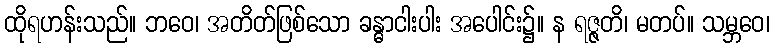
ထိုရဟန်းသည်။ ဘဝေ၊ အတိတ်ဖြစ်သော ခန္ဓာငါးပါး အပေါင်း၌။ န ရဇ္ဇတိ၊ မတပ်။ သမ္ဘဝေ၊